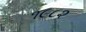
૧૯૮૨